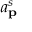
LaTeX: a _ { \mathbf { p } } ^ { s }